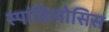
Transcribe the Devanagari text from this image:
स्पांडिलोसिस